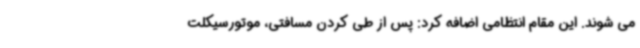
می شوند. این مقام انتظامی اضافه کرد: پس از طی کردن مسافتی، موتورسیکلت